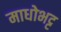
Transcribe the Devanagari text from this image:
माधोभट्ट